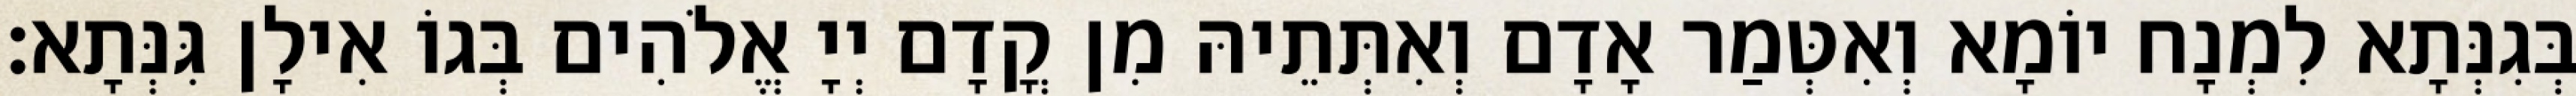
בְּגִנְּתָא לִמְנָח יוֹמָא וְאִטְּמַר אָדָם וְאִתְּתֵיהּ מִן קֳדָם יְיָ אֱלֹהִים בְּגוֹ אִילָן גִּנְּתָא׃